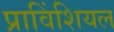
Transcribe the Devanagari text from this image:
प्राविंशियल